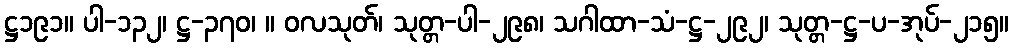
ဋ္ဌ၁၉၁။ ပါ-၁၃၂၊ ဋ္ဌ-၃၇၀၊ ။ ဝလသုတ်၊ သုတ္တ-ပါ-၂၉၈၊ သဂါထာ-သံ-ဋ္ဌ-၂၉၂၊ သုတ္တ-ဋ္ဌ-ပ-အုပ်-၂၁၅။